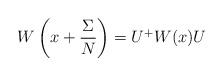
\begin{align*}W\left(x + \frac{\Sigma}{N}\right) = U^+ W(x) U\end{align*}